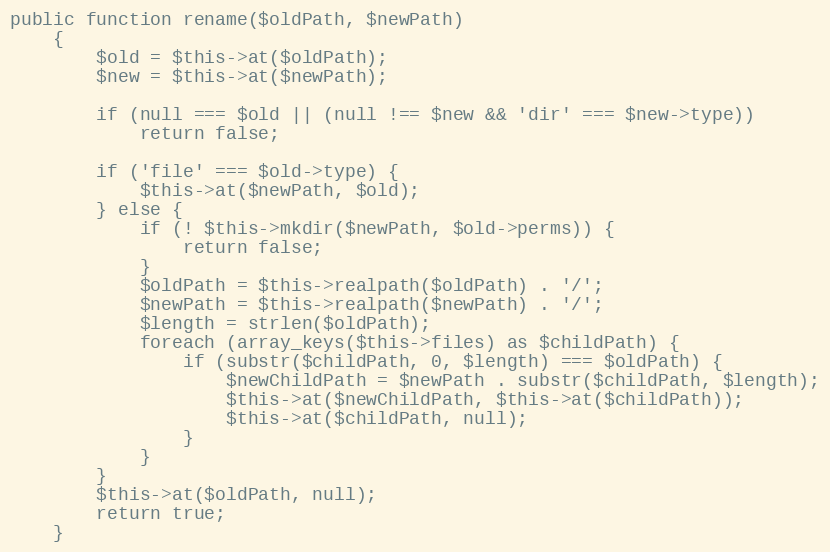
Language: PHP
public function rename($oldPath, $newPath)
    {
        $old = $this->at($oldPath);
        $new = $this->at($newPath);

        if (null === $old || (null !== $new && 'dir' === $new->type))
            return false;

        if ('file' === $old->type) {
            $this->at($newPath, $old);
        } else {
            if (! $this->mkdir($newPath, $old->perms)) {
                return false;
            }
            $oldPath = $this->realpath($oldPath) . '/';
            $newPath = $this->realpath($newPath) . '/';
            $length = strlen($oldPath);
            foreach (array_keys($this->files) as $childPath) {
                if (substr($childPath, 0, $length) === $oldPath) {
                    $newChildPath = $newPath . substr($childPath, $length);
                    $this->at($newChildPath, $this->at($childPath));
                    $this->at($childPath, null);
                }
            }
        }
        $this->at($oldPath, null);
        return true;
    }